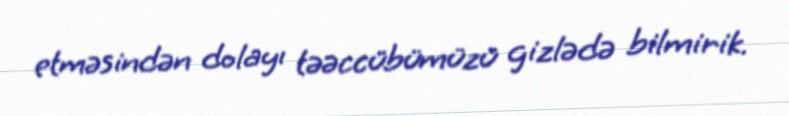
etməsindən dolayı təəccübümüzü gizlədə bilmirik.